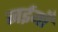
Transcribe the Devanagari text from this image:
नईयाँ